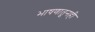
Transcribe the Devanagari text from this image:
भाषणातूनही